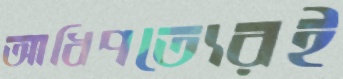
আধিপত্যেরই